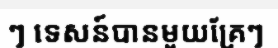
ៗ ទេសន៍បានមួយគ្រែៗ